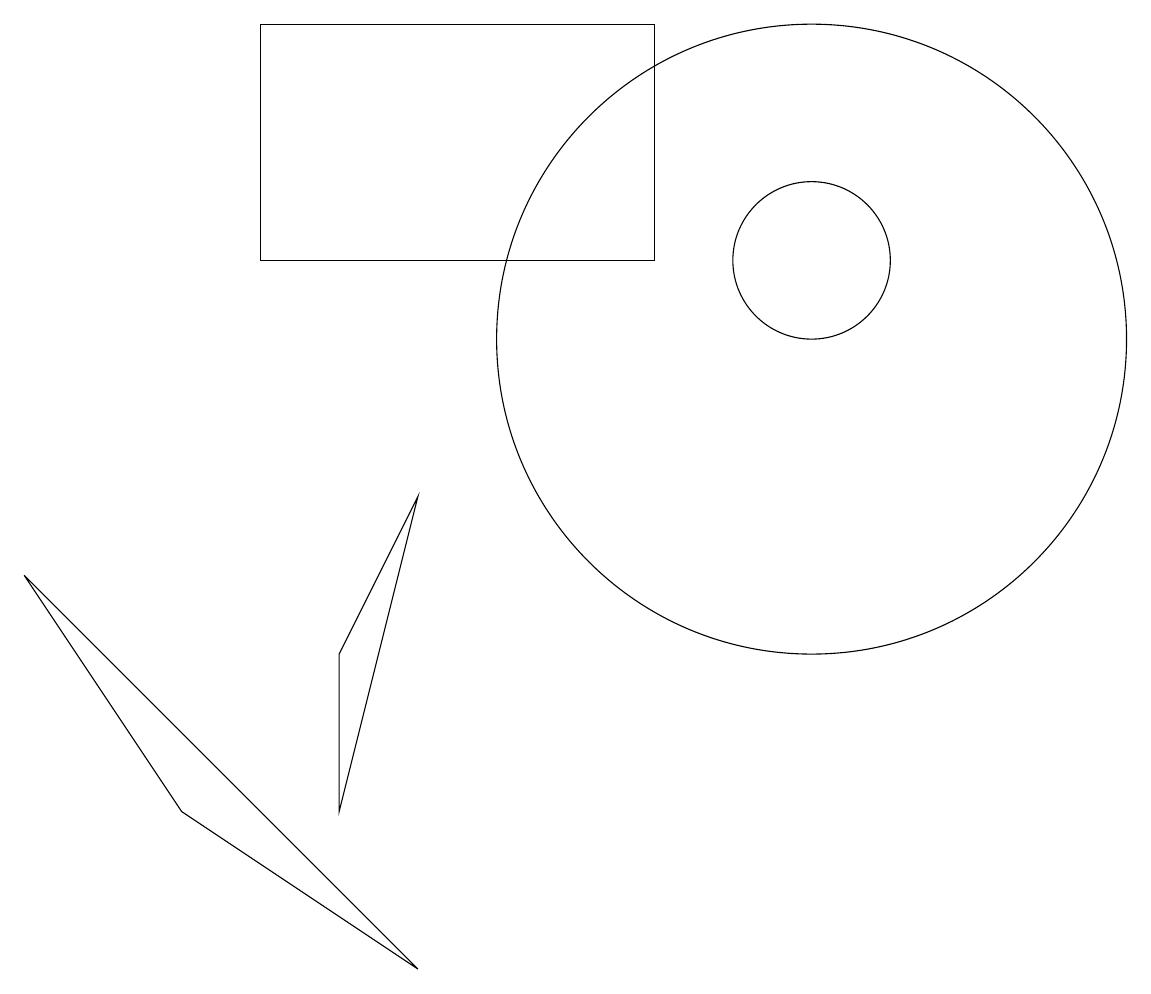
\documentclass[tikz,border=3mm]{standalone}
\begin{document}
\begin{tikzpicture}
\draw (11,10) circle (4);
\draw (6,8) -- (5,6) -- (5,4) -- cycle;
\draw (4,14) rectangle (9,11);
\draw (11,11) circle (1);
\draw (1,7) -- (3,4) -- (6,2) -- cycle;
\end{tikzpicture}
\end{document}